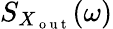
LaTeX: S_{X_{\mathrm{~o~u~t~}}}(\omega)